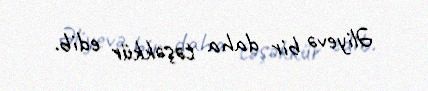
Əliyevə bir daha təşəkkür edib.